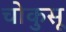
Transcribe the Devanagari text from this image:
चोकुसू